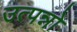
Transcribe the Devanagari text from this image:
उत्पन्नो